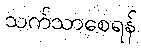
သက်သာစေရန်